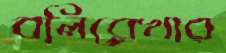
বলিরেখার